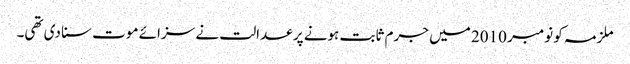
ملزمہ کو نومبر 2010 میں جرم ثابت ہونے پر عدالت نے سزائے موت سنا دی تھی۔